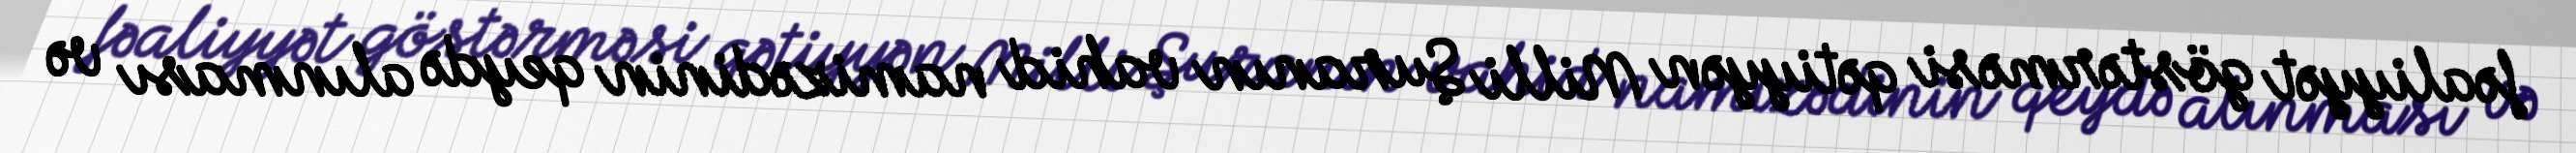
fəaliyyət göstərməsi qətiyyən Milli Şuranın vahid namizədinin qeydə alınması və